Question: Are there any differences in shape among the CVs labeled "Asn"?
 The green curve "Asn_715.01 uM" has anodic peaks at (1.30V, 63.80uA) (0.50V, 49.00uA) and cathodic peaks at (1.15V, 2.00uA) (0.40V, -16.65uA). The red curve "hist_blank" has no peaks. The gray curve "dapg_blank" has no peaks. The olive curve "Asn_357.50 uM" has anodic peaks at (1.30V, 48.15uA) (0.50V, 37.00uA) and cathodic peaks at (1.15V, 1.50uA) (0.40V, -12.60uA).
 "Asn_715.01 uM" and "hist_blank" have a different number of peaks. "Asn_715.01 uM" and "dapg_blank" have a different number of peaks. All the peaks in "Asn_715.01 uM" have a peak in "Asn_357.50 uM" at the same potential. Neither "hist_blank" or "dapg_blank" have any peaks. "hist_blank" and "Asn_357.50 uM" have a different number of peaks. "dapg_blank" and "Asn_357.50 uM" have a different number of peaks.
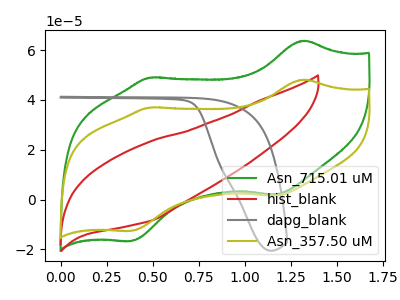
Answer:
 <answer>All the CV's of "Asn" have similar shape.</answer>
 <eval>follow_rule</eval>